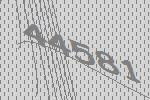
44581